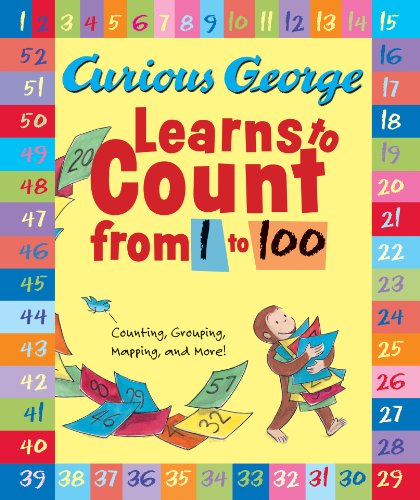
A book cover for Curious George Learns to Count from 1 to 100; H. A. Rey; Children's Books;